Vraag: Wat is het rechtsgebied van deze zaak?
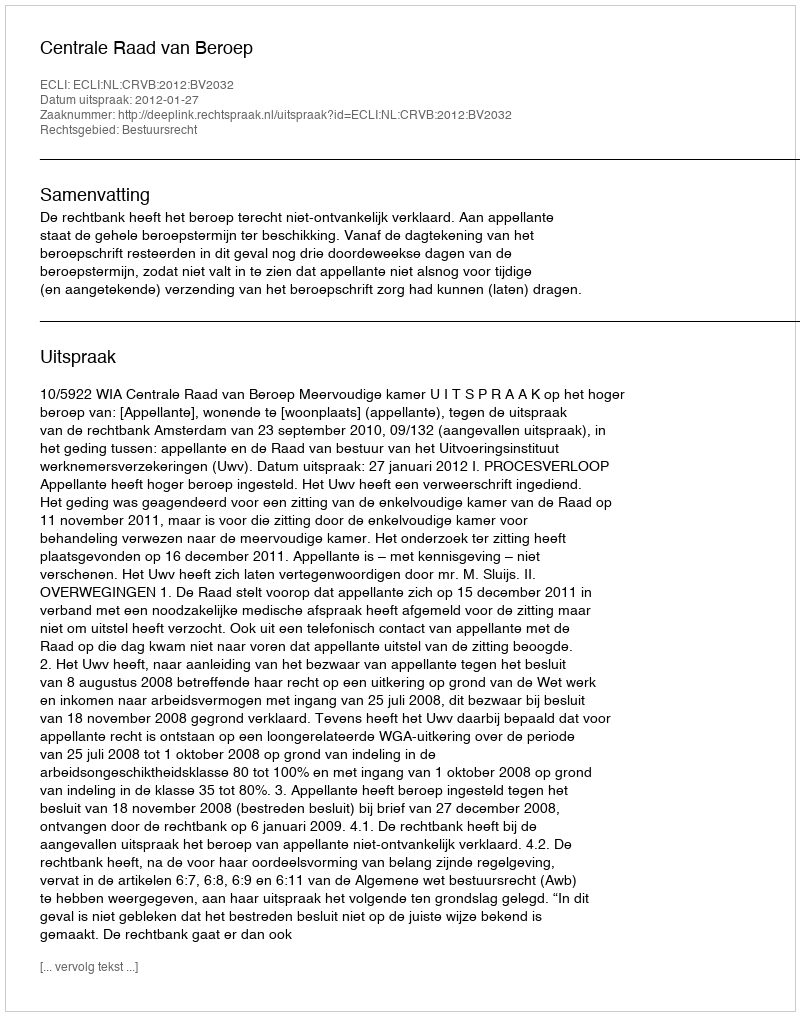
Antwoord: Bestuursrecht